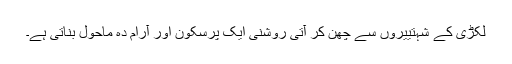
لکڑی کے شہتییروں سے چھن کر آتی روشنی ایک پرسکون اور آرام دہ ماحول بناتی ہے۔